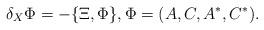
LaTeX: \begin{gather*}\delta_X\Phi=-\{\Xi, \Phi\} ,\Phi=(A,C, A^\ast, C^\ast) .\end{gather*}